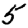
Digit: 5